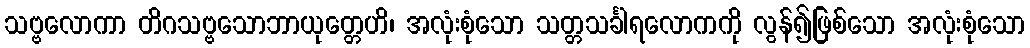
သဗ္ဗလောကာ တိဂသဗ္ဗသောဘာယုတ္တေဟိ၊ အလုံးစုံသော သတ္တသင်္ခါရလောကကို လွန်၍ဖြစ်သော အလုံးစုံသော